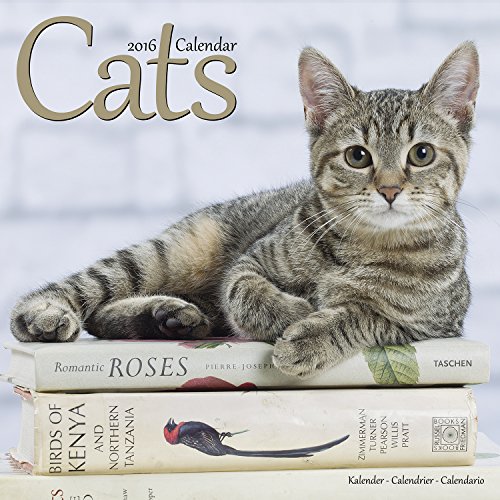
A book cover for Cats Calendar - 2016 Wall calendars - Animal Calendar - Monthly Wall Calendar by Avonside Studio; MegaCalendars; Calendars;